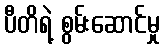
ပီတိရဲ့ စွမ်းဆောင်မှု